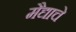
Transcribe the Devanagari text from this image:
मैद्याचे